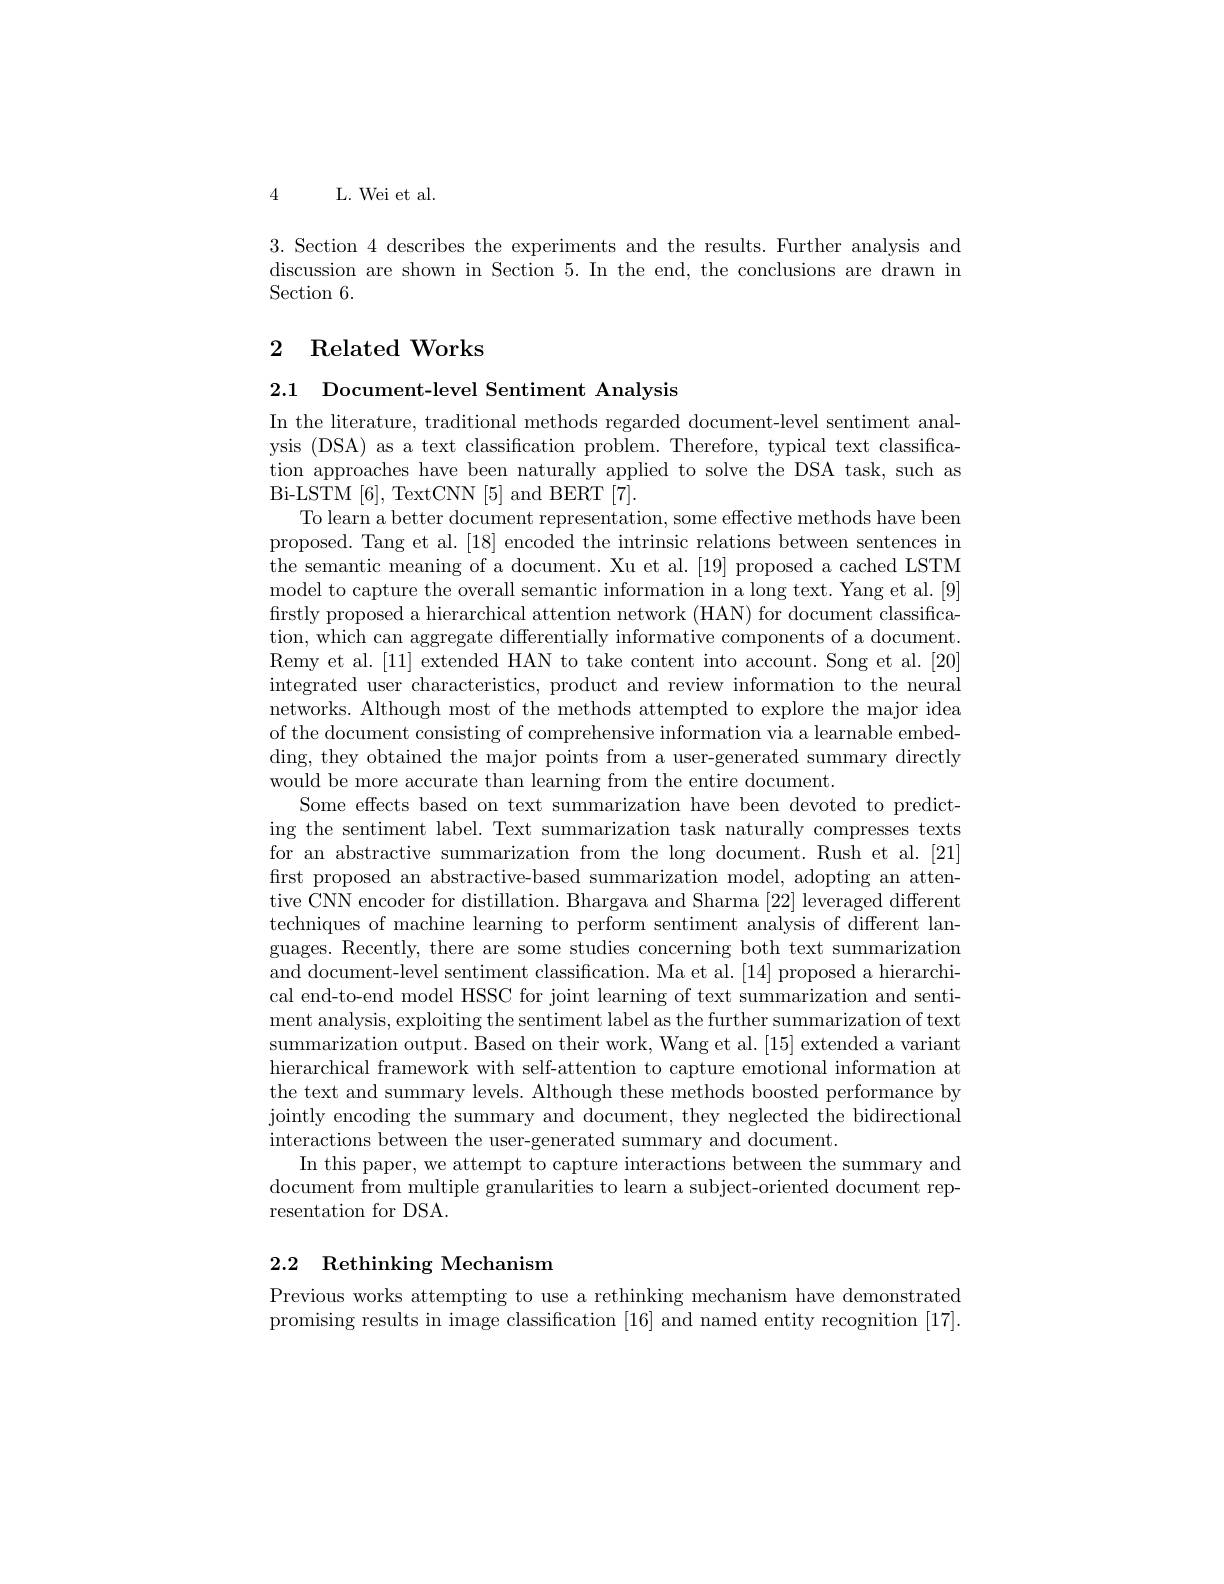
4 L. Wei et al

3. Section 4 describes the experiments and the results. Further analysis and discussion are shown in Section 5. In the end, the conclusions are drawn in Section 6.

# 2 Related Works

2.1 Document-level Sentiment Analysis

In the literature, traditional methods regarded document-level sentiment analysis (DSA) as a text classification problem. Therefore, typical text classification approaches have been naturally applied to solve the DSA task, such as Bi- LSTM [ 6] , TextCNN [ 5] and BERT [ 7] .
To learn a better document representation, some effective methods have been proposed. Tang et al. [18] encoded the intrinsic relations between sentences in the semantic meaning of a document. Xu et al. [19] proposed a cached LSTM model to capture the overall semantic information in a long text. Yang et al.[9] firstly proposed a hierarchical attention network (HAN) for document classification, which can aggregate differentially informative components of a document. Remy et al.[11] extended HAN to take content into account. Song et al.[20] integrated user characteristics, product and review information to the neural networks. Although most of the methods attempted to explore the major idea of the document consisting of comprehensive information via a learnable embedding, they obtained the major points from a user-generated summary directly would be more accurate than learning from the entire document.
Some effects based on text summarization have been devoted to predicting the sentiment label. Text summarization task naturally compresses texts for an abstractive summarization from the long document. Rush et al.[21] first proposed an abstractive-based summarization model, adopting an attentive CNN encoder for distillation. Bhargava and Sharma [22] leveraged different techniques of machine learning to perform sentiment analysis of different languages. Recently, there are some studies concerning both text summarization and document-level sentiment classification. Ma et al.[14] proposed a hierarchical end-to-end model HSSC for joint learning of text summarization and sentiment analysis, exploiting the sentiment label as the further summarization of text summarization output. Based on their work, Wang et al. [15] extended a variant hierarchical framework with self-attention to capture emotional information at the text and summary levels. Although these methods boosted performance by jointly encoding the summary and document, they neglected the bidirectional interactions between the user-generated summary and document.
In this paper, we attempt to capture interactions between the summary and document from multiple granularities to learn a subject-oriented document representation for DSA.

## 2.2 Rethinking Mechanism

Previous works attempting to use a rethinking mechanism have demonstrated promising results in image classification [16] and named entity recognition [17].